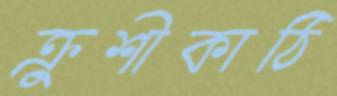
ক্রুশীকাঠি